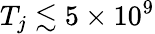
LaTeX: T_{j}\lesssim 5\times 10^{9}